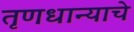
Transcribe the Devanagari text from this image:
तृणधान्याचे